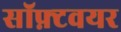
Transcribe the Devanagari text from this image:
सॉफ़्टवयर